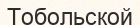
Тобольской